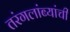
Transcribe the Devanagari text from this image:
तरंगलांब्यांची